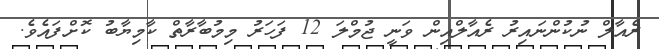
ރެއާލް ނުކުންނައިރު ރެއާލްއިން ވަނީ ޖުމްލަ 12 ފަހަރު މިމުބާރާތް ކާމިޔާބު ކޮށްފައެވެ.